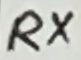
Text: RX